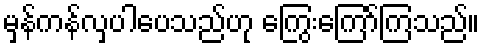
မှန်ကန်လှပါပေသည်ဟု ကြွေးကြော်ကြသည်။